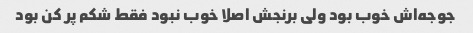
جوجه‌اش خوب بود ولی برنجش اصلا خوب نبود فقط شکم پر کن بود